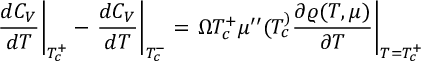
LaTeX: \left. \frac { d C _ { V } } { d T } \right| _ { T _ { c } ^ { + } } - \left. \frac { d C _ { V } } { d T } \right| _ { T _ { c } ^ { - } } = \left. \Omega T _ { c } ^ { + } \mu ^ { \prime \prime } ( T _ { c } ^ { ) } \frac { \partial \varrho ( T , \mu ) } { \partial T } \right| _ { T = T _ { c } ^ { + } }